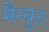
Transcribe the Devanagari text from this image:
मैन्युट